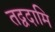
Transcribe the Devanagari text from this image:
तद्वदामि